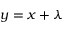
y = x + \lambda